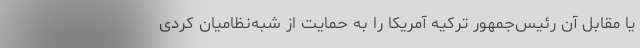
یا مقابل آن رئیس‌جمهور ترکیه آمریکا را به حمایت از شبه‌نظامیان کردی